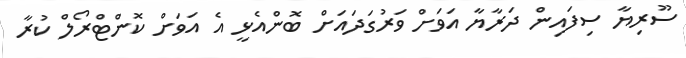
ސޫރިޔާ ސިފައިން ދަރާޔާ އަވަށް ވަރުގަދައަށް ބޮންއެޅީ އެ އަވަށް ކޮންޓްރޯލް ކުރާ